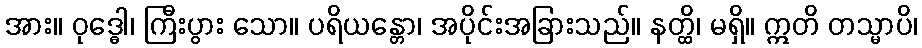
အား။ ဝုဒ္ဓေါ၊ ကြီးပွား သော။ ပရိယန္တော၊ အပိုင်းအခြားသည်။ နတ္ထိ၊ မရှိ။ ဣတိ တသ္မာပိ၊